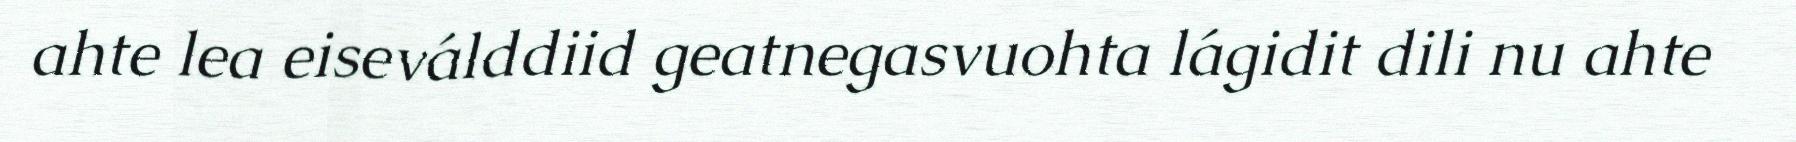
ahte lea eiseválddiid geatnegasvuohta lágidit dili nu ahte